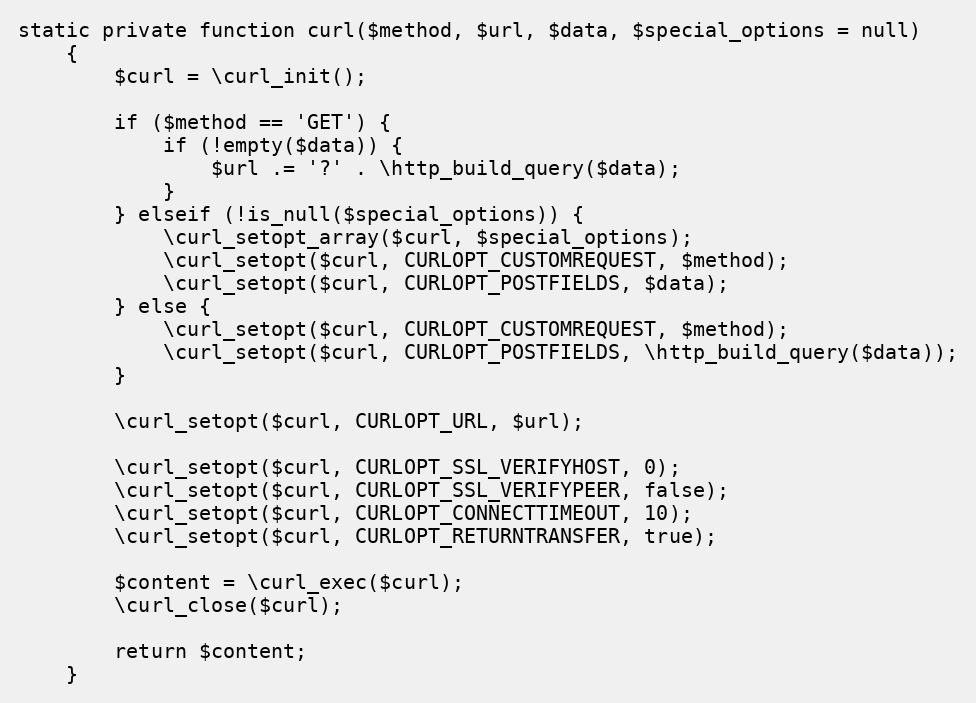
Language: PHP
static private function curl($method, $url, $data, $special_options = null)
    {
        $curl = \curl_init();

        if ($method == 'GET') {
            if (!empty($data)) {
                $url .= '?' . \http_build_query($data);
            }
        } elseif (!is_null($special_options)) {
            \curl_setopt_array($curl, $special_options);
            \curl_setopt($curl, CURLOPT_CUSTOMREQUEST, $method);
            \curl_setopt($curl, CURLOPT_POSTFIELDS, $data);
        } else {
            \curl_setopt($curl, CURLOPT_CUSTOMREQUEST, $method);
            \curl_setopt($curl, CURLOPT_POSTFIELDS, \http_build_query($data));
        }

        \curl_setopt($curl, CURLOPT_URL, $url);

        \curl_setopt($curl, CURLOPT_SSL_VERIFYHOST, 0);
        \curl_setopt($curl, CURLOPT_SSL_VERIFYPEER, false);
        \curl_setopt($curl, CURLOPT_CONNECTTIMEOUT, 10);
        \curl_setopt($curl, CURLOPT_RETURNTRANSFER, true);

        $content = \curl_exec($curl);
        \curl_close($curl);

        return $content;
    }